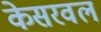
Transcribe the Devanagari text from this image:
केसरवल